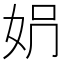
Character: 𡛱